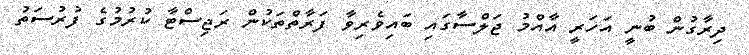
ދިރާގުން ބުނީ އަހަރީ އާއްމު ޖަލްސާގައި ބައިވެރިވާ ފަރާތްތަކުން ރަޖިސްޓާ ކުރުމުގެ ފުރުސަތު